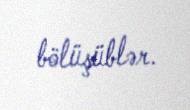
bölüşüblər.